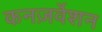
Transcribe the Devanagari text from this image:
कनज़र्वेशन